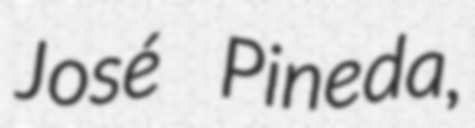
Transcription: José Pineda,